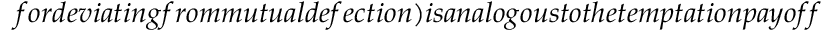
f o r d e v i a t i n g f r o m m u t u a l d e f e c t i o n ) i s a n a l o g o u s t o t h e t e m p t a t i o n p a y o f f